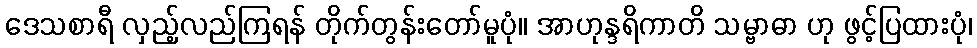
ဒေသစာရီ လှည့်လည်ကြရန် တိုက်တွန်းတော်မူပုံ။ အာဟုန္ဒရိကာတိ သမ္ဗာဓာ ဟု ဖွင့်ပြထားပုံ၊